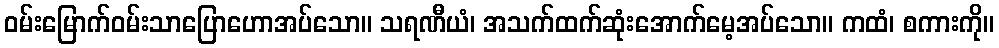
ဝမ်းမြောက်ဝမ်းသာပြောဟောအပ်သော။ သရဏီယံ၊ အသက်ထက်ဆုံးအောက်မေ့အပ်သော။ ကထံ၊ စကားကို။